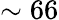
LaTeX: \sim 66